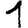
Digit: 1